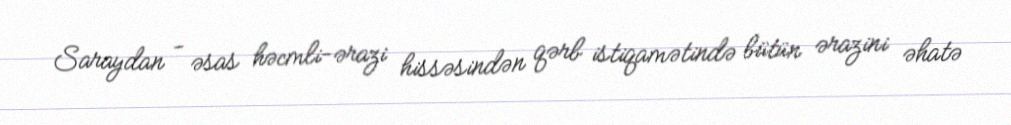
Saraydan - əsas həcmli-ərazi hissəsindən qərb istiqamətində bütün ərazini əhatə